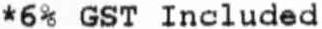
*6% GST INCLUDED